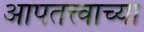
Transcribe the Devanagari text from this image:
आपतत्त्वाच्या